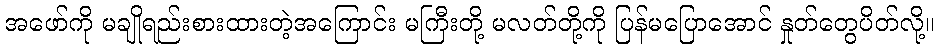
အဖော်ကို မချိုရည်းစားထားတဲ့အကြောင်း မကြီးတို့ မလတ်တို့ကို ပြန်မပြောအောင် နှုတ်တွေပိတ်လို့။